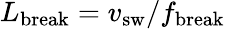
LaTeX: L_{\textrm{break}}=v_{\textrm{sw}}/f_{\textrm{break}}